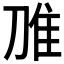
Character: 𲉧